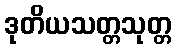
ဒုတိယသတ္တသုတ္တ